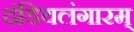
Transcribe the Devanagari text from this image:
दंडियलंगारम्